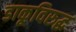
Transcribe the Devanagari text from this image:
डाकूविरुद्ध